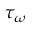
\tau _ { \omega }